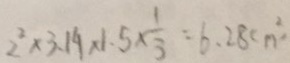
2 ^ { 2 } \times 3 . 1 4 \times 1 . 5 \times \frac { 1 } { 3 } = 6 . 2 8 c m ^ { 2 } \cdot